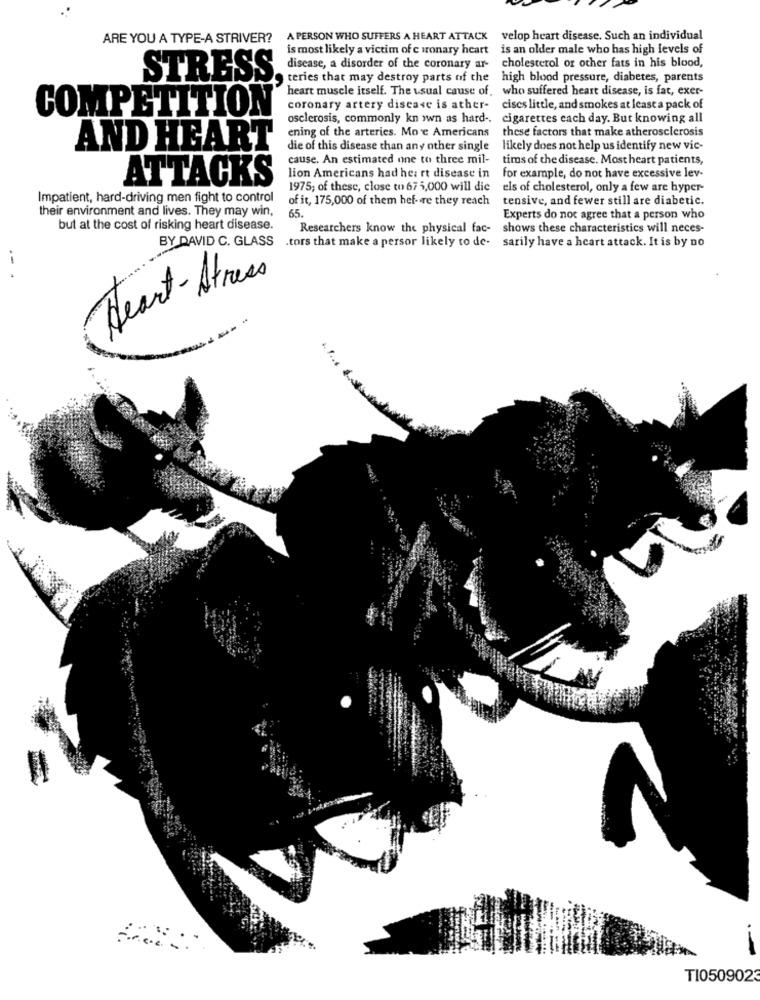
ARE YOU A TYPE-A STRIVER?
A PERSON WHO SUFFERS A HEART ATTACK velop heart disease. Such an individual
is most likely a victim of c wronary heart is an older male who has high levels of
disease, a disorder of the coronary ar- cholesterol or other fats in his blood,
STRESS
teries that may destroy parts of the high blood pressure, diabetes, parents
heart muscle itself. The usual cause of, who suffered heart disease, is fat, exer-
COMPETITION'
coronary artery disease is ather-
cises little, and smokes at least a pack of
osclerosis, commonly kn own as hard -.
cigarettes each day. But knowing all
these factors that make atherosclerosis
ening of the arteries. Mo e Americans
AND HEART
die of this disease than any other single
likely does not help us identify new vic-
cause. An estimated one to three mil-
tiros of the disease. Most heart patients,
ATTACKS
lion Americans had heart disease in
for example, do not have excessive lev-
1975; of these, close to 67 5,000 will die
els of cholesterol, only a few are hyper-
Impatient, hard-driving men fight to control
of it, 175,000 of them hef- re they reach
tensive, and fewer still are diabetic.
their environment and lives. They may win,
65.
Experts do not agree that a person who
but at the cost of risking heart disease.
Researchers know the physical fac- shows these characteristics will neces-
BY DAVID C. GLASS .tors that make a person likely to de- sarily have a heart attack. It is by no
Heart- Stress
.-
TI0509023